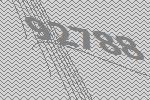
92788